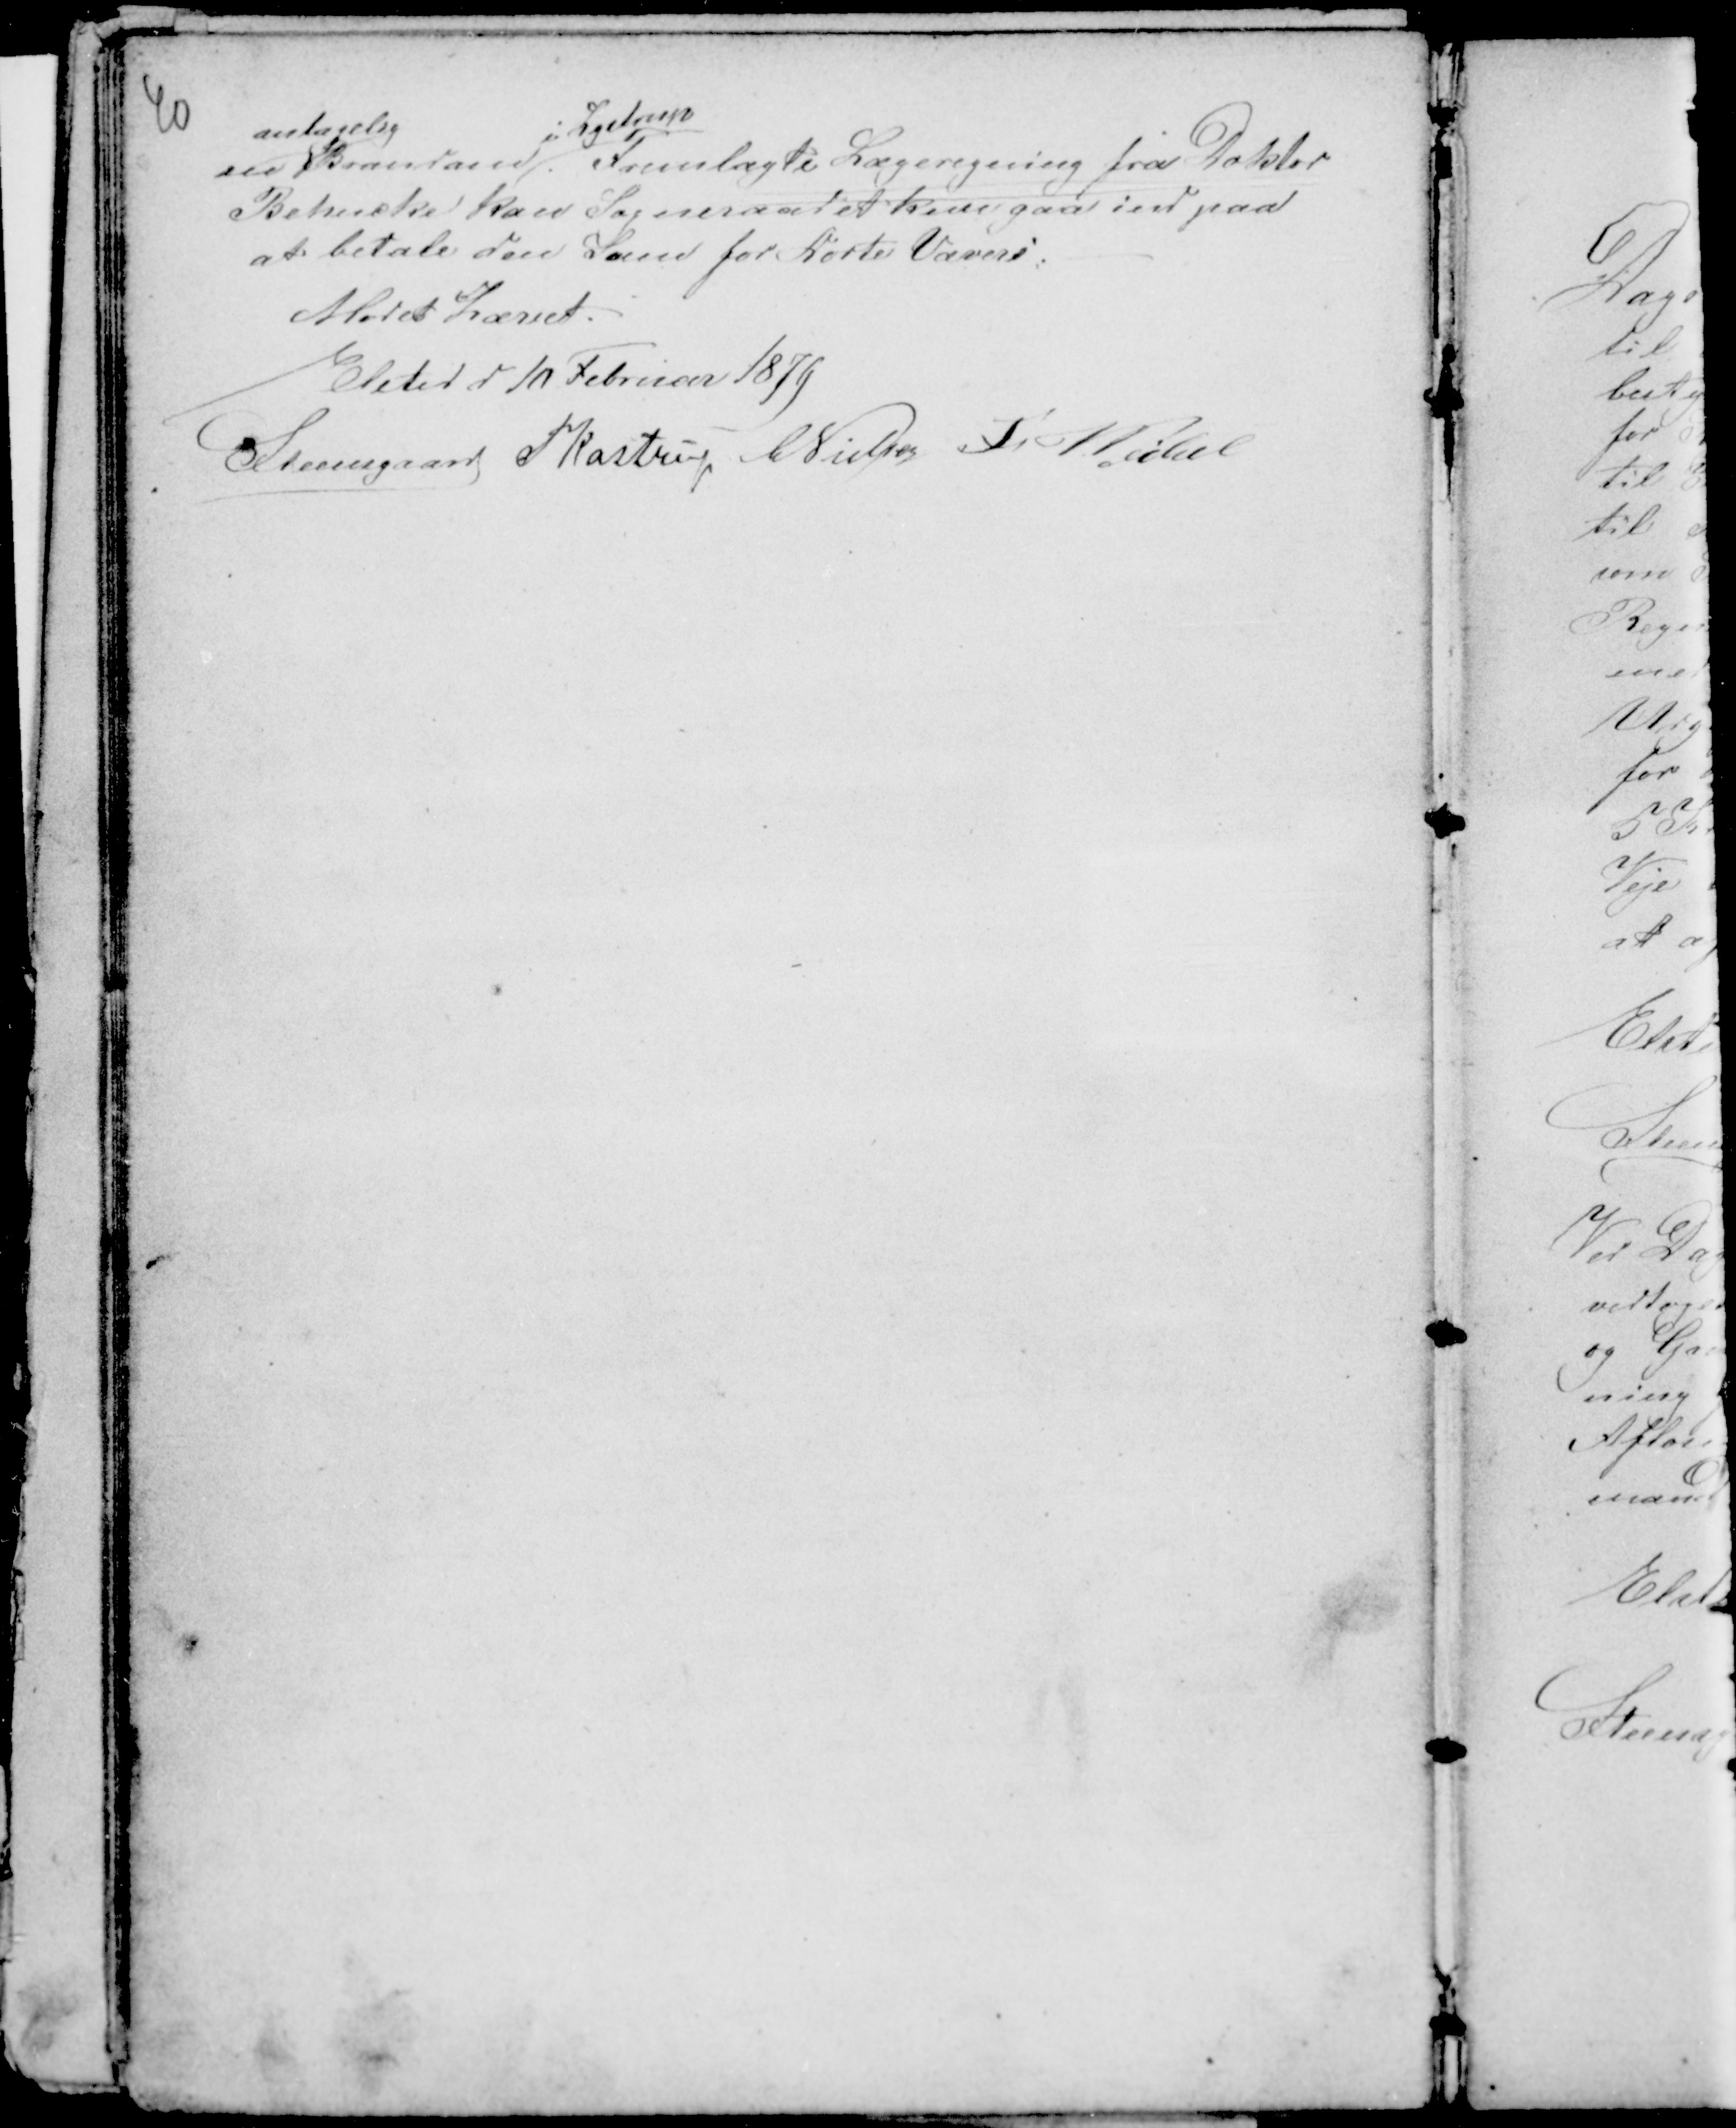
Transskription:
40

en
antagelig
Branddam
i Lystrup
Fremlagte Lægeregning fra Doktor
Behncke kan Sogneraadet kun gaa ind paa
at betale den Sum for Dorte Vævers:
Mødet hævet.
Elsted den 10 Februar 1879
Steensgaard PKastrup CNielsen Fr Veibel